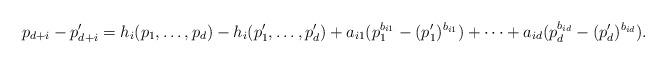
LaTeX: \begin{align*}p_{d+i}-p_{d+i}' = h_i(p_1,\ldots,p_d)-h_i(p_1',\ldots,p_d')+a_{i1}(p_1^{b_{i1}}-(p_1')^{b_{i1}})+\cdots+a_{id}(p_d^{b_{id}}-(p_d')^{b_{id}}).\end{align*}